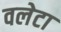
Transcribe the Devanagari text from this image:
वलेटा